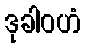
ဒုခါဝဟံ